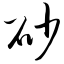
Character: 砂